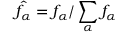
\hat { f _ { \alpha } } = f _ { \alpha } / \sum _ { \alpha } f _ { \alpha }